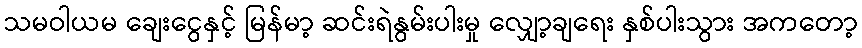
သမဝါယမ ချေးငွေနှင့် မြန်မာ့ ဆင်းရဲနွမ်းပါးမှု လျှော့ချရေး နှစ်ပါးသွား အကတော့